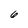
Character: 6